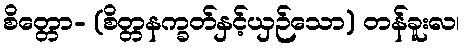
စိတ္တော- (စိတ္တနက္ခတ်နှင့်ယှဉ်သော) တန်ခူးလ၊